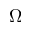
\Omega